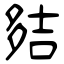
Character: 夡